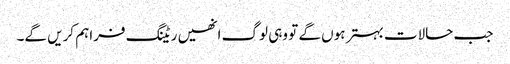
جب حالات بہتر ہوں گے تو وہی لوگ انھیں ریٹنگ فراہم کریں گے۔